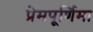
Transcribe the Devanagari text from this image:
प्रेमपूर्णिमा